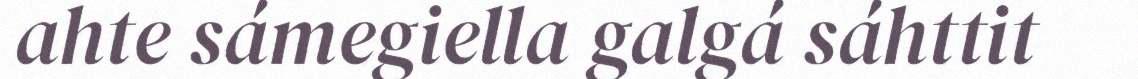
ahte sámegiella galgá sáhttit